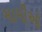
મામીઓ